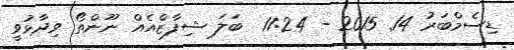
ޑިސެމްބަރު 14